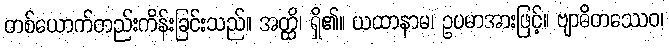
တစ်ယောက်တည်းကိန်းခြင်းသည်။ အတ္ထိ၊ ရှိ၏။ ယထာနာမ၊ ဥပမာအားဖြင့်။ ဗျာဓိတဿေဝ၊